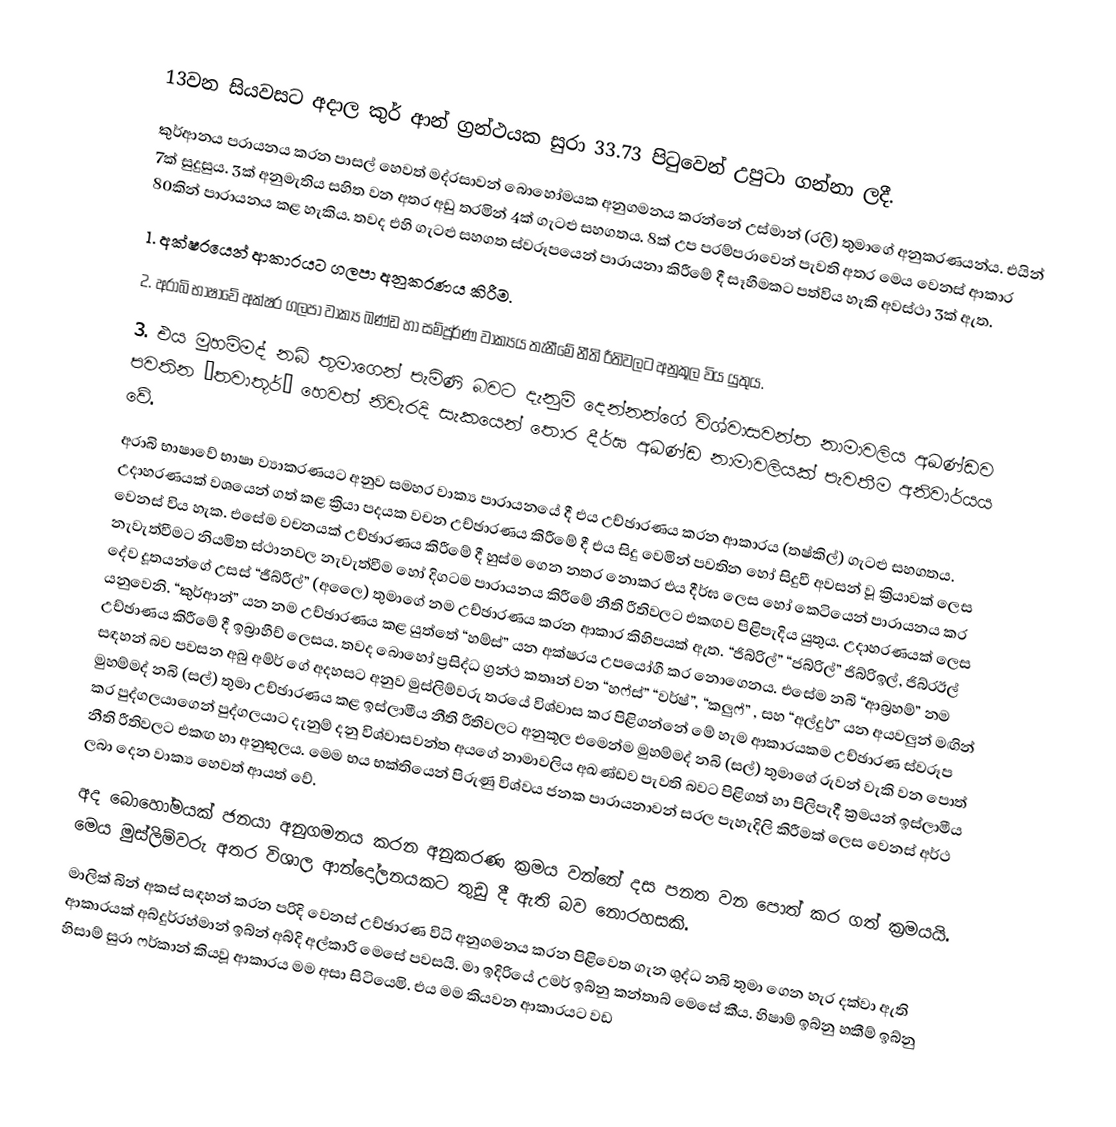
13වන සියවසට අදාල කුර් ආන් ග්‍රන්ථයක සුරා 33.73 පිටුවෙන් උපුටා ගන්නා ලදී.
කුර්ආනය පරායනය කරන පාසල් හෙවත් මද්රසාවන් බොහෝමයක අනුගමනය කරන්නේ උස්මාන් (රලි) තුමාගේ අනුකරණයන්ය. එයින් 7ක් සුදුසුය. 3ක් අනුමැතිය සහිත වන අතර අඩු තරමින් 4ක් ගැටළු සහගතය. 8ක් උප පරම්පරාවෙන් පැවති අතර මෙය වෙනස් ආකාර 80කින් පාරායනය කළ හැකිය. තවද එහි ගැටළු සහගත ස්වරූපයෙන් පාරායනා කිරීමේ දී සෑහීමකට පත්විය හැකි අවස්ථා 3ක් ඇත.
1.	අක්ෂරයෙන් ආකාරයට ගලපා අනුකරණය කිරීම.
2.	අරාබි භාෂාවේ අක්ෂර ගලපා වාක්‍ය ඛණ්ඩ හා සම්පූර්ණ වාක්‍යය තැනීමේ නීති රීතිවලට අනුකූල විය යුතුය.
3.	එය මුහම්මද් නබි තුමාගෙන් පැමිණි බවට දැනුම් දෙන්නන්ගේ විශ්වාසවන්ත නාමාවලිය අඛණ්ඩව පවතින “තවාතූර්” හෙවත් නිවැරදි සැකයෙන් තොර දීර්ඝ අඛණ්ඩ නාමාවලියක් පැවතීම අනිවාර්යය වේ.
අරාබි භාෂාවේ භාෂා ව්‍යාකරණයට අනුව සමහර වාක්‍ය පාරායනයේ දී එය උච්ඡාරණය කරන ආකාරය (තෂ්කිල්) ගැටළු සහගතය. උදාහරණයක් වශයෙන් ගත් කළ ක්‍රියා පදයක වචන උච්ඡාරණය කිරීමේ දී එය සිදු වෙමින් පවතින හෝ සිදුවී අවසන් වූ ක්‍රියාවක් ලෙස වෙනස් විය හැක. එසේම වචනයක් උච්ඡාරණය කිරීමේ දී හුස්ම ගෙන නතර නොකර එය දීර්ඝ ලෙස හෝ කෙටියෙන් පාරායනය කර නැවැත්වීමට නියමිත ස්ථානවල නැවැත්වීම හෝ දිගටම පාරායනය කිරීමේ නීති රීතිවලට එකඟව පිළිපැදිය යුතුය. උදාහරණයක් ලෙස දේව දූතයන්ගේ උසස් “ජීබ්රීල්” (අලෛ) තුමාගේ නම උච්ඡාරණය කරන ආකාර කිහිපයක් ඇත. “ජිබ්රිල්” “ජබ්රිල්” ජිබ්රිඉල්, ජිබ්රඊල් යනුවෙනි. “කුර්ආන්” යන නම උච්ඡාරණය කළ යුත්තේ “හම්ස්” යන අක්ෂරය උපයෝගී කර නොගෙනය. එසේම නබි “ආබ්‍රහම්” නම උච්ඡාණය කිරීමේ දී ඉබ්‍රාහීච් ලෙසය. තවද බොහෝ ප්‍රසිද්ධ ග්‍රන්ථ කතෘන් වන “හෆ්ස්” “වර්ෂ්”, “කලුෆ්” , සහ “අල්දුර්” යන අයවලුන් මඟින් සඳහන් බව පවසන අබු අම්ර් ගේ අදහසට අනුව මුස්ලිම්වරු තරයේ විශ්වාස කර පිළිගන්නේ මේ හැම ආකාරයකම උච්ඡාරණ ස්වරූප මුහම්මද් නබි (සල්) තුමා උච්ඡාරණය කළ ඉස්ලාමීය නීති රීතිවලට අනුකූල එමෙන්ම මුහම්මද් නබි (සල්) තුමාගේ රුවන් වැකි වන පොත් කර පුද්ගලයාගෙන් පුද්ගලයාට දැනුම් දනු විශ්වාසවන්ත අයගේ නාමාවලිය අඛණ්ඩව පැවති බවට පිළිගත් හා පිලිපැදී ක්‍රමයන් ඉස්ලාමීය නීති රීතිවලට එකඟ හා අනුකුලය. මෙම භය භක්තියෙන් පිරුණු විශ්වය ජනක පාරායනාවන් සරල පැහැදිලි කිරීමක් ලෙස වෙනස් අර්ථ ලබා දෙන වාක්‍ය හෙවත් ආයත් වේ.
අද බොහෝමයක් ජනයා අනුගමනය කරන අනුකරණ ක්‍රමය වන්නේ දස පනත වන පොත් කර ගත් ක්‍රමයයි. මෙය මුස්ලිම්වරු අතර විශාල ආන්දෝලනයකට තුඩු දී ඇති බව නොරහසකි.
මාලික් බින් අකස් සඳහන් කරන පරිදි වෙනස් උච්ඡාරණ විධි අනුගමනය කරන පිළිවෙත ගැන ශුද්ධ නබි තුමා ගෙන හැර දක්වා ඇති ආකාරයක් අබ්දුර්රහ්මාන් ඉබ්න් අබ්දි අල්කාරි මෙසේ පවසයි. මා ඉදිරියේ උමර් ඉබ්නු කන්තාබ් මෙසේ කීය. හිෂාම් ඉබ්නු හකීම් ඉබ්නු හිසාම් සුරා ෆර්කාන් කියවූ ආකාරය මම අසා සිටියෙමි. එය මම කියවන ආකාරයට වඩ